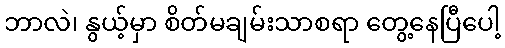
ဘာလဲ၊ နွယ့်မှာ စိတ်မချမ်းသာစရာ တွေ့နေပြီပေါ့